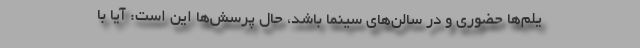
یلم‌ها حضوری و در سالن‌های سینما باشد، حال پرسش‌ها این است: آیا با